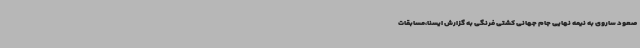
صعود ساروی به نیمه نهایی جام جهانی کشتی فرنگی به گزارش ایسنا،مسابقات